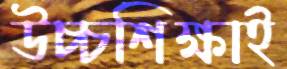
উচ্চশিক্ষাই